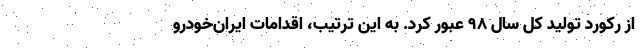
از رکورد تولید کل سال ۹۸ عبور کرد. به این ترتیب، اقدامات ایران‌خودرو